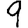
Digit: 9